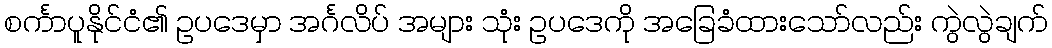
စင်္ကာပူနိုင်ငံ၏ ဥပဒေမှာ အင်္ဂလိပ် အများ သုံး ဥပဒေကို အခြေခံထားသော်လည်း ကွဲလွဲချက်